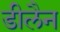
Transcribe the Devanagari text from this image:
डीलैन